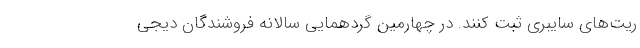
ریت‌های سایبری ثبت کنند. در چهارمین گردهمایی سالانه فروشندگان دیجی